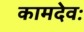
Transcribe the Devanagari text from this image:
कामदेवः